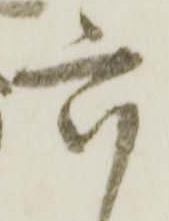
六